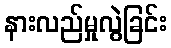
နားလည်မှုလွဲခြင်း